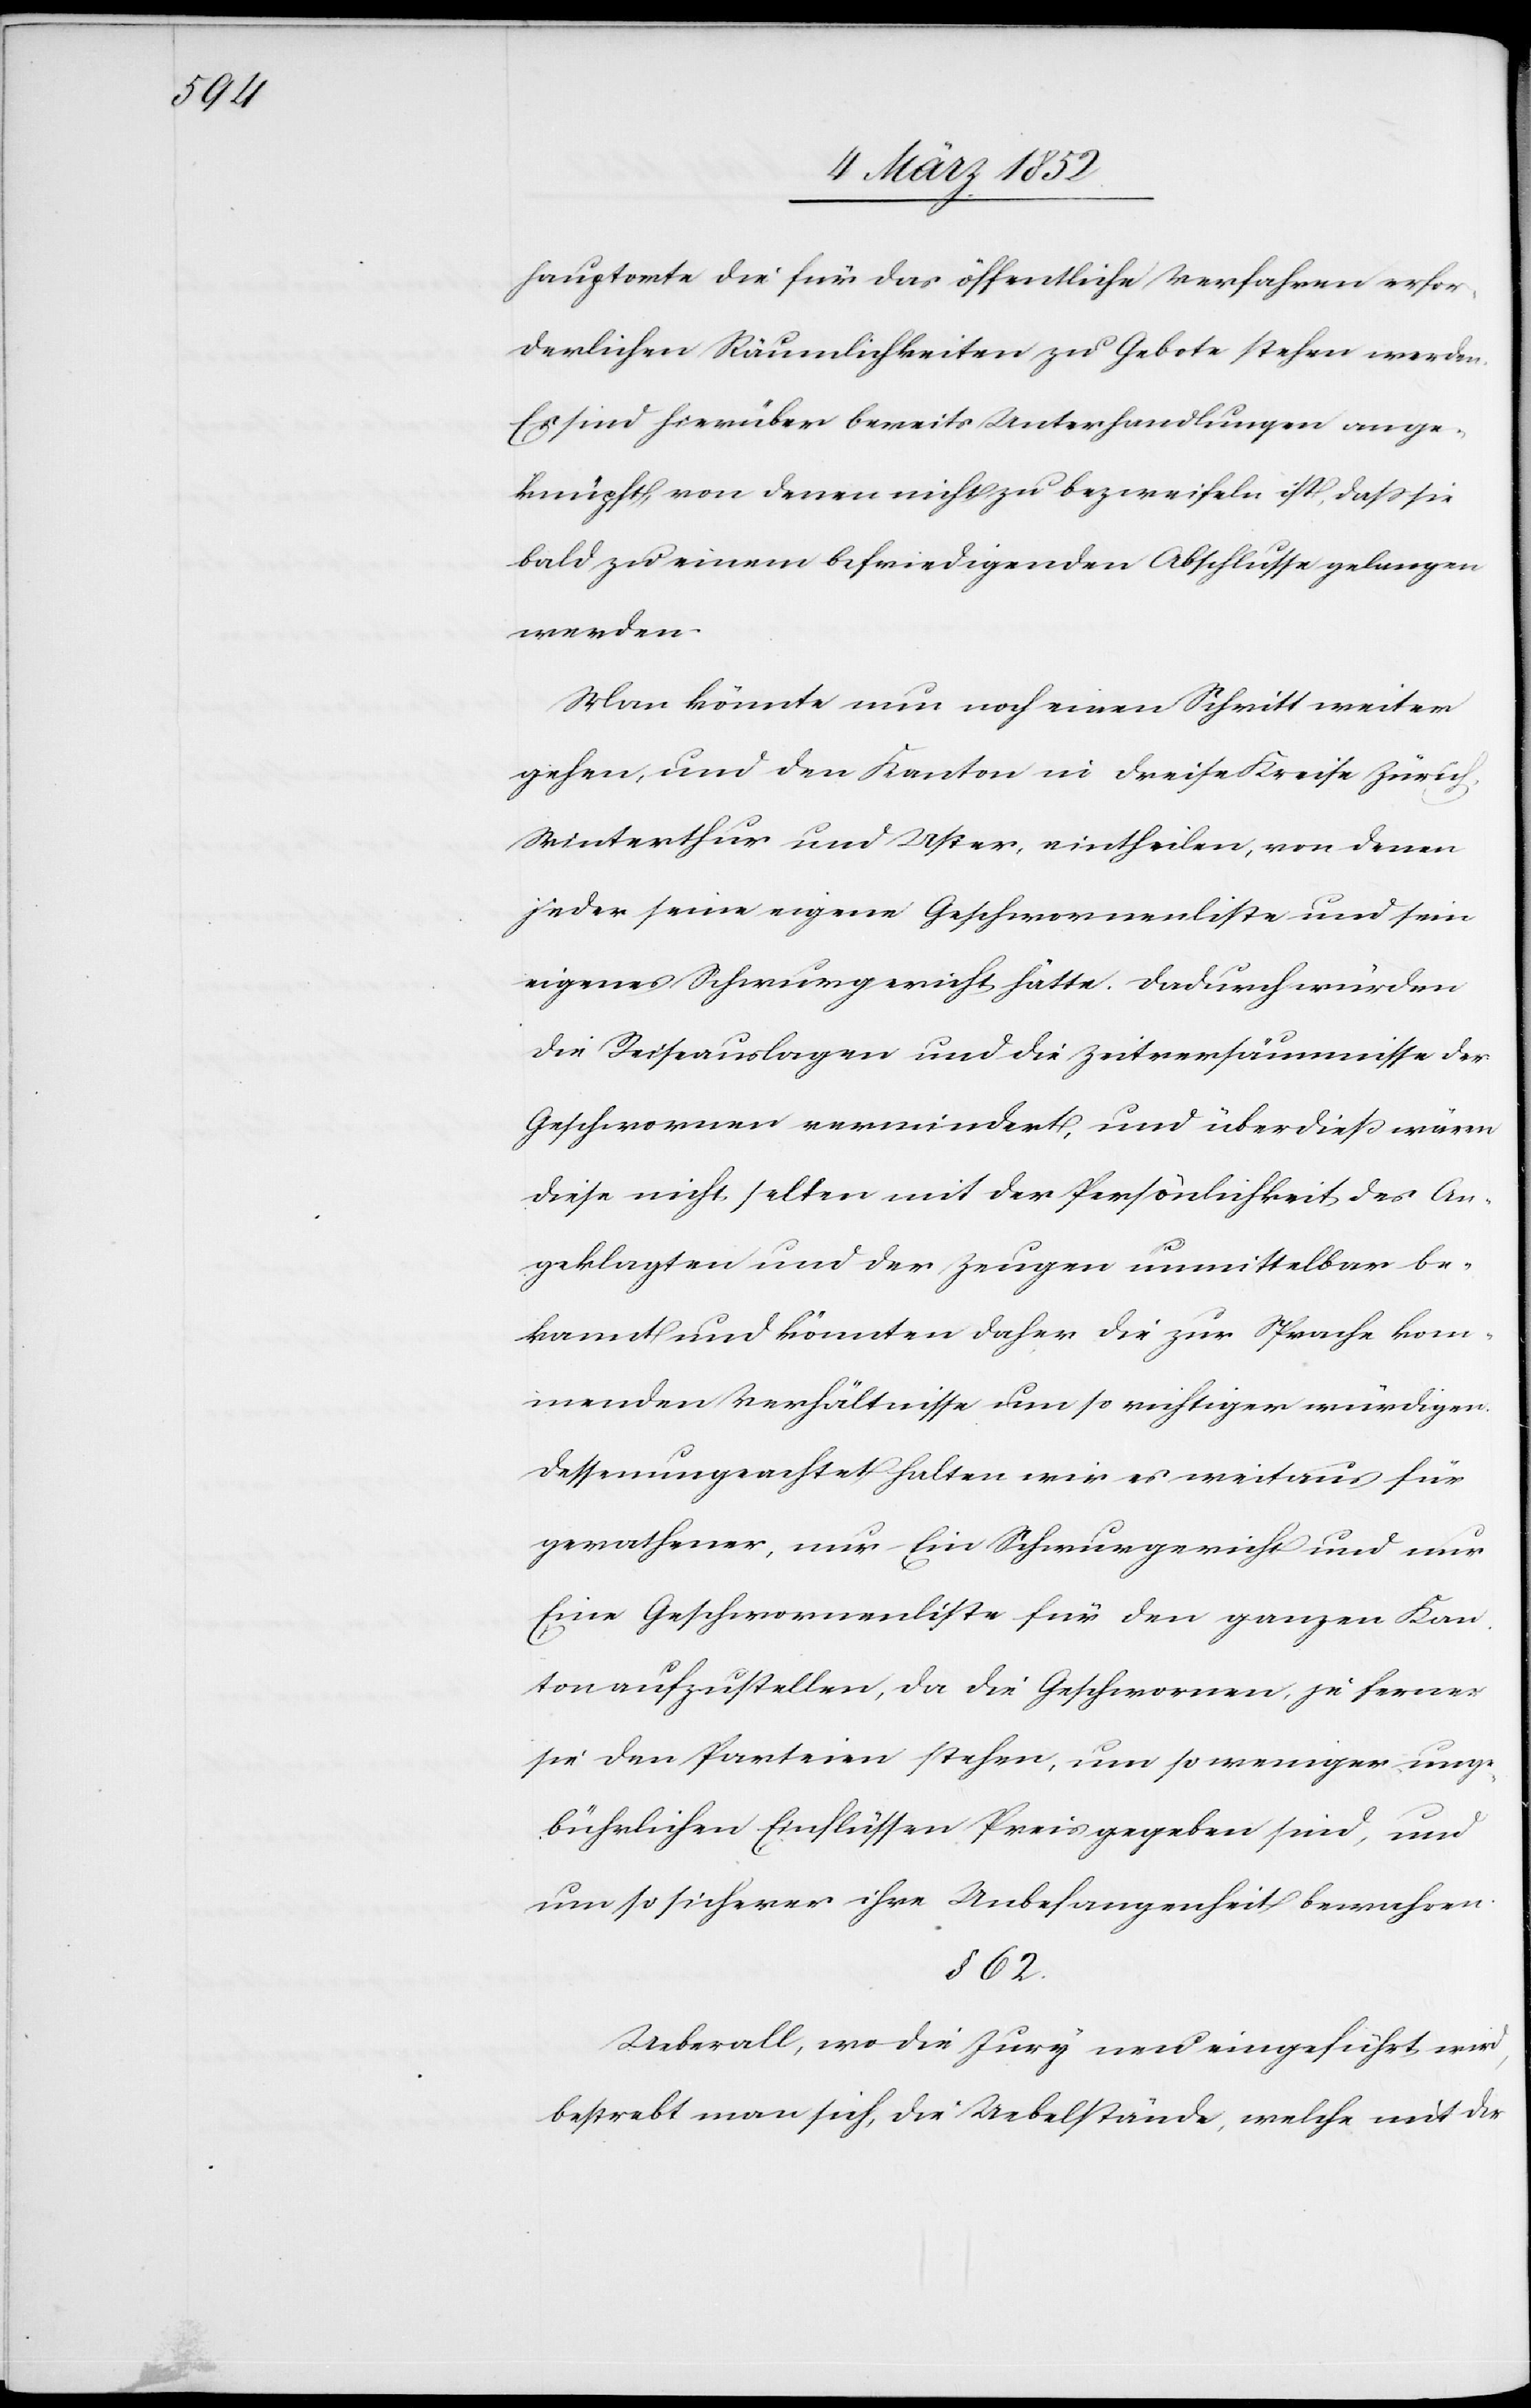
hauptorte die für das öffentliche Verfahren erfor¬
derlichen Räumlichkeiten zu Gebote stehen werden.
Es sind hierüber bereits Unterhandlungen ange¬
knüpft, von denen nicht zu bezweifeln ist, daß sie
bald zu einem befriedigenden Abschlusse gelangen
werden.
Man könnte nun noch einen Schritt weiter
gehen, und den Kanton in dreise [sic!] Kreise Zürich,
Winterthur und Uster, eintheilen, von denen
jeder seine eigene Geschwornenliste und sein
eigenes Schwurgericht hätte. Dadurch würden
die Reiseauslagen und die Zeitversäumnisse des
Geschwornen vermindert, und überdieß wären
diese nicht selten mit der Persönlichkeit des An¬
geklagten und der Zeugen unmittelbar be¬
kannt und könnten daher die zur Sprache kom¬
menden und Verhältnisse um so richtiger würdigen.
Dessenungeachtet halten wir es weitaus für
gerathener, nur Ein Schwurgericht und nur
Eine Geschwornenliste für den ganzen Kan¬
ton aufzustellen, da die Geschwornen je ferner
sie den Parteien stehen, um so weniger unge¬
bührlichen Einflüssen Preis gegeben sind, und
um so sicherer ihre Unbefangenheit bewahren.
§ 62.
Ueberall, wo die Jury neu eingeführt wird,
bestrebt man sich, die Uebelstände, welche mit der